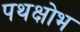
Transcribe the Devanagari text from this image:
पथक्षोभ